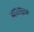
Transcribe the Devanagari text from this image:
झुठलाएॅ